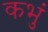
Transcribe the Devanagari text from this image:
कभुं